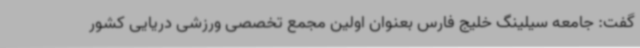
گفت: جامعه سیلینگ خلیج فارس بعنوان اولین مجمع تخصصی ورزشی دریایی کشور